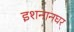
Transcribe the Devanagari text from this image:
इशनानघर